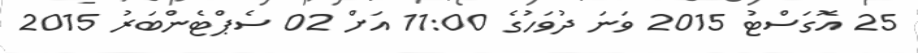
25 އޮގަސްޓު 2015 ވަނަ ދުވަހުގެ 11:00 އަށް 02 ސެޕްޓެންބަރު 2015